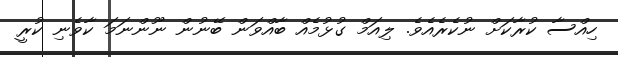
ހިއްސާ ކުރާކަށް ނުކެރެއެވެ. ލިއަމް ގުޅުމެއް ބާއްވަން ބޭނުން ނޫންނަމަ ކާވެނި ކުރީ